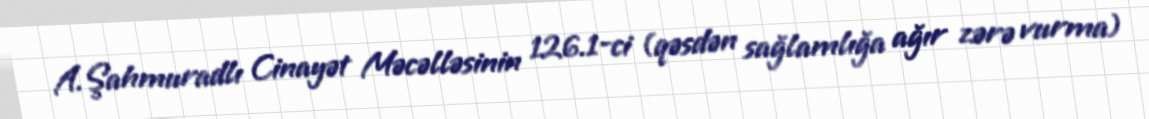
A.Şahmuradlı Cinayət Məcəlləsinin 126.1-ci (qəsdən sağlamlığa ağır zərə vurma)